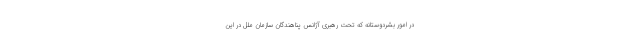
در امور بشردوستانه که تحت رهبری آژانس پناهندگان سازمان ملل در این